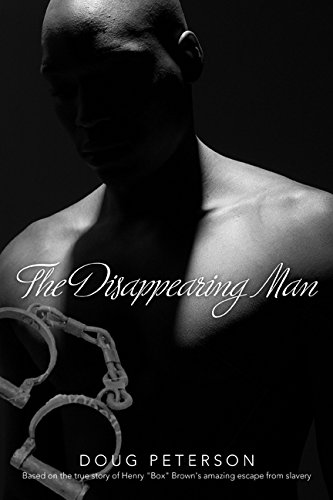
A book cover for Disappearing Man; Doug Peterson; Literature & Fiction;